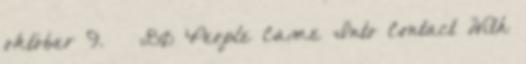
október 9. ↑ „80 People Came Into Contact With